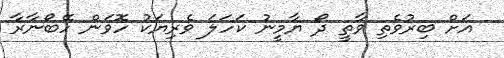
އަށް ބިރުވެތި ވާތީ ދޯ ޔާމީނު ކަހަލަ ވެރިޔަކު ހޮވަން ހޭބޯނާރާ